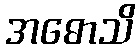
အဓောသိ